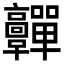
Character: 䯬